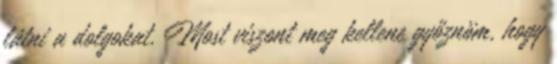
látni a dolgokat. Most viszont meg kellene győznöm, hogy